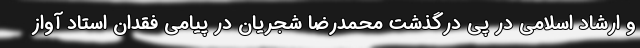
و ارشاد اسلامی در پی درگذشت محمدرضا شجریان در پیامی فقدان استاد آواز